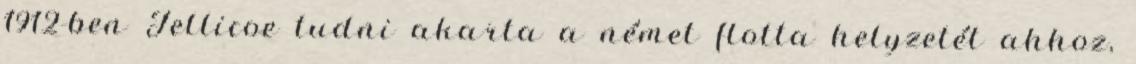
1912-ben Jellicoe tudni akarta a német flotta helyzetét ahhoz,